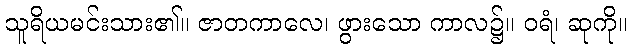
သူရိယမင်းသား၏။ ဇာတကာလေ၊ ဖွားသော ကာလ၌။ ဝရံ၊ ဆုကို။